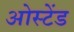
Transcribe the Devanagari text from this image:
ओस्टेंड